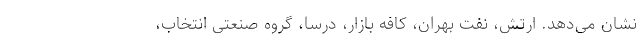
نشان می‌دهد. ارتش، نفت بهران، کافه بازار، درسا، گروه صنعتی انتخاب،